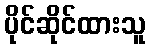
ပိုင်ဆိုင်ထားသူ